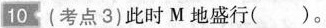
10(考点3)此时M地盛行( )。